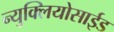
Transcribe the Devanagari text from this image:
न्युक्लियोसाईड